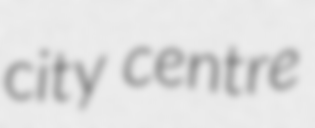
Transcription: city centre